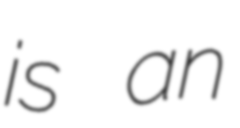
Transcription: is an